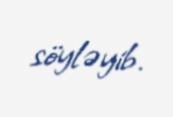
söyləyib.